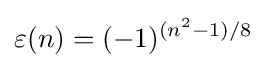
\varepsilon (n)=(-1)^{(n^{2}-1)/8}